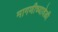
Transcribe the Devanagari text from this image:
मागणीच्यावेळी